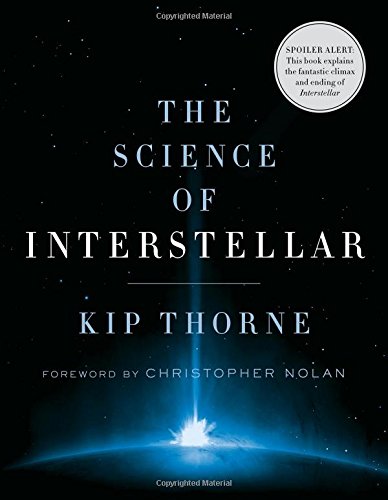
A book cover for The Science of Interstellar; Kip Thorne; Humor & Entertainment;